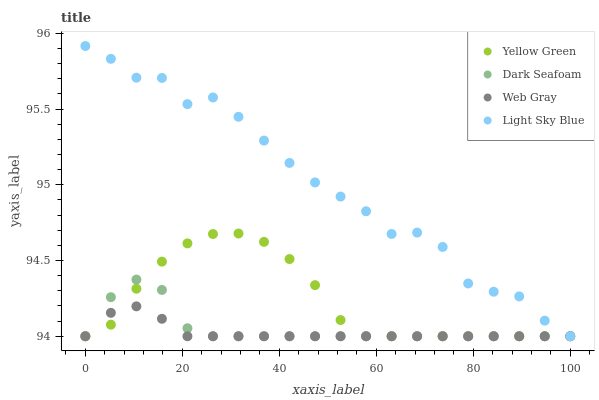
| xaxis_label | Yellow Green | Dark Seafoam | Web Gray | Light Sky Blue |
 | --- | --- | --- | --- | --- |
 | 0 | 94 | 94 | 94 | 95.9 |
 | 5.26 | 94.1 | 94.3 | 94.2 | 95.8 |
 | 10.5 | 94.3 | 94.4 | 94.2 | 95.7 |
 | 15.8 | 94.5 | 94.3 | 94.1 | 95.7 |
 | 21.1 | 94.6 | 94.1 | 94 | 95.5 |
 | 26.3 | 94.7 | 94 | 94 | 95.6 |
 | 31.6 | 94.7 | 94 | 94 | 95.4 |
 | 36.8 | 94.6 | 94 | 94 | 95.3 |
 | 42.1 | 94.5 | 94 | 94 | 95.1 |
 | 47.4 | 94.3 | 94 | 94 | 95 |
 | 52.6 | 94.1 | 94 | 94 | 94.9 |
 | 57.9 | 94 | 94 | 94 | 94.8 |
 | 63.2 | 94 | 94 | 94 | 94.7 |
 | 68.4 | 94 | 94 | 94 | 94.7 |
 | 73.7 | 94 | 94 | 94 | 94.6 |
 | 78.9 | 94 | 94 | 94 | 94.3 |
 | 84.2 | 94 | 94 | 94 | 94.3 |
 | 89.5 | 94 | 94 | 94 | 94.3 |
 | 94.7 | 94 | 94 | 94 | 94.1 |
 | 100 | 94 | 94 | 94 | 94 |